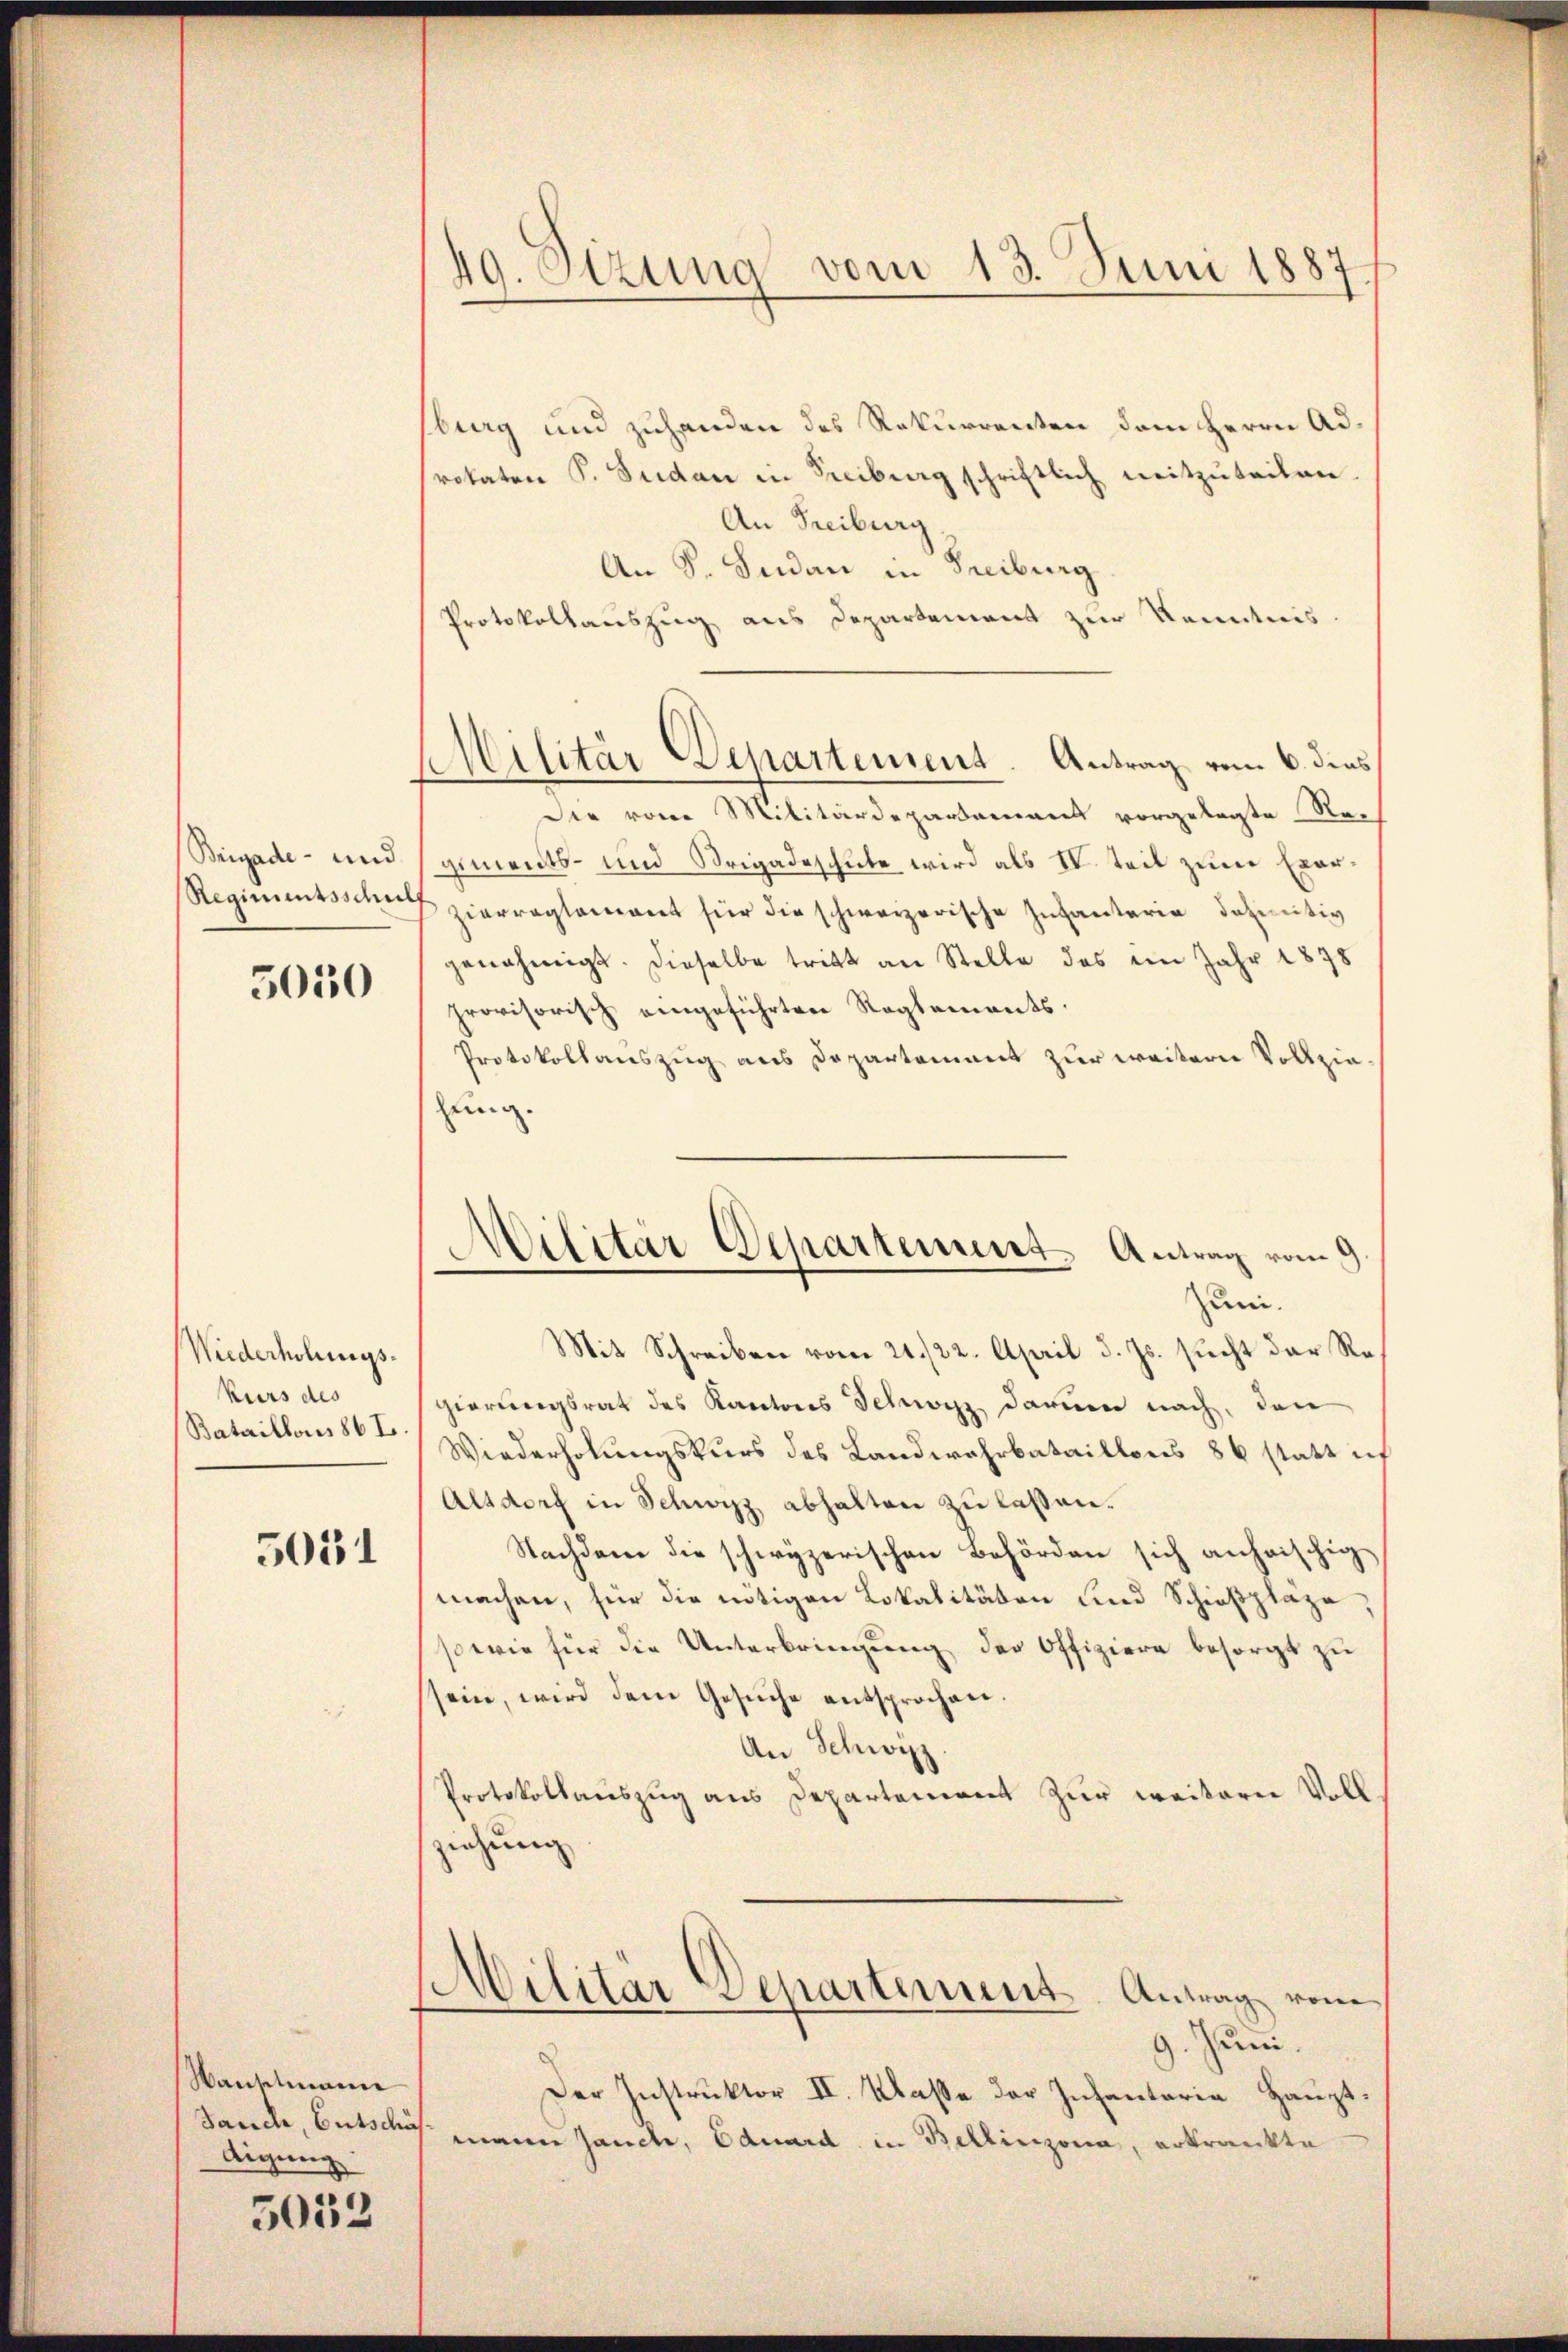
Brigade- und

5050

Wiederholungskurs des
Bataillons 86 I.

5051

Wauschmann
Jauch, Entschus
digung

5052

49. Sitzung vom 13. Juni 1887.

Militär Departement. Antrag vom 6. dies

sburg und zuhanden des Rekurrenten dem Herrn Adrokaten P. Sudan in Freiburg schriftlich weitzŭteilen.
An Freiburg
An S. Iudan in Freiburg
Protokollauszug aus Departement zur Kenntnis.
Die vom Militärdepartement vorgelegte Nach
giments- und Strigadeschute wird als IV. teil zum Exer¬
Regiŭmtssche zierreglement für die schweizerische Infantaria definitiv
genehmigt. Dieselbe tritt an Stelle des im Jahr 1878
provisorisch eingeführten Reglements¬
Protokollauszug aus Departement zur weitern Vollziehung.
Militär Departement Antrag vom 9.
Zuni.
Mit Schreiben vom 21./22. April d. Js. sucht der Regierungsrat des Kantons Schwyz darum nach, den
Wiederholungskurs des Landwahrbataillons 86 statt ich
Altdorf in Schwyz abhalten zu lassen.
Nachdem die schwyzerischen Behörden sich anheischig
machen, für die nötigen Lokalitäten und Schießpläge,
sowie für die Unterbringung der Offiziere besorgt zu
sein, wird dem Gesuche entsprochen.
An Schwizz
Protokollauszug aus Departement zur weiterer Voll
ziehung

Militär Departement. Antrag vom
9. Juni.

Der Instruktor II. Klasse der Infantaria Hauptmann Jauch, Eduard in Bellinzona, erkrankte